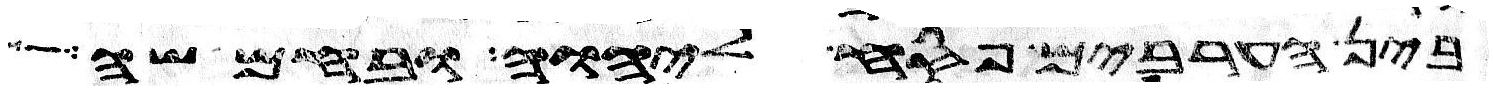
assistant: בין הערבים פסח ליהוה ובחמשה